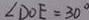
\angle D O E = 3 0 ^ { \circ }